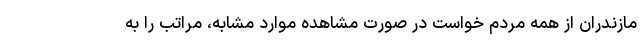
مازندران از همه مردم خواست در صورت مشاهده موارد مشابه، مراتب را به